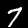
Digit: 7